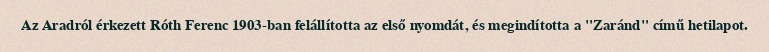
Az Aradról érkezett Róth Ferenc 1903-ban felállította az első nyomdát, és megindította a "Zaránd" című hetilapot.